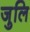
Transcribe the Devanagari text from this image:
जुलि